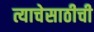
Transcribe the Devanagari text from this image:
त्याचेसाठीची